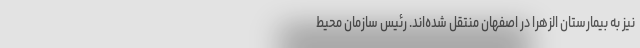
نیز به بیمارستان الزهرا در اصفهان منتقل شده‌اند. رئیس سازمان محیط